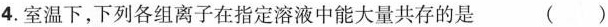
4.室温下,下列各组离子在指定溶液中能大量共存的是 ( )